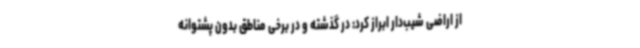
از اراضی شیب‌دار ابراز کرد: در گذشته و در برخی مناطق بدون پشتوانه